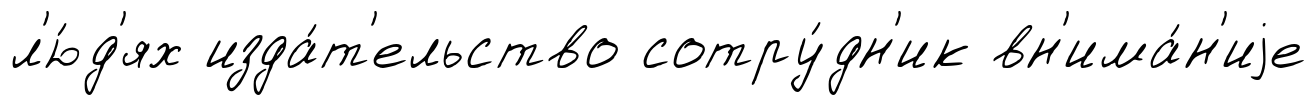
л'ю́д'ях изда́т'ельство сотру́дн'ик вн'има́н'иjе